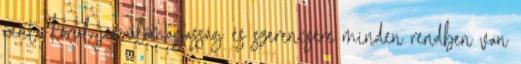
centi körül jár ülőmagasság és szerencsére minden rendben van